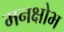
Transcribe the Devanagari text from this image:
मनक्षोभ